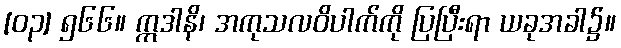
[၀၃] ၅၆၆။ ဣဒါနိ၊ အကုသလဝိပါက်ကို ပြပြီးရာ ယခုအခါ၌။